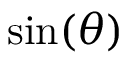
\displaystyle \sin ( \theta )